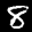
Label: 8